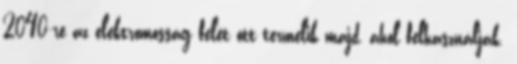
2040-re az elektromosság felét ott termelik majd, ahol felhasználják.